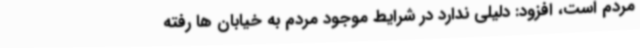
مردم است، افزود: دلیلی ندارد در شرایط موجود مردم به خیابان ها رفته